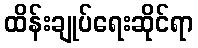
ထိန်းချုပ်ရေးဆိုင်ရာ